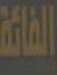
الفاتة